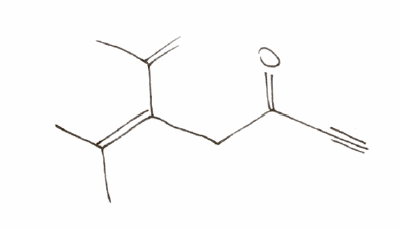
Simplified molecular-input line-entry system (SMILES) notation of the given molecule:
CC(=C(CC(=O)C#C)C(=C)C)C